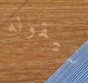
سيقوله